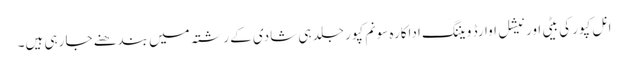
انل کپور کی بیٹی اور نیشل اوارڈ ویننگ اداکارہ سونم کپور جلد ہی شادی کے رشتہ میں بندھنے جا رہی ہیں۔